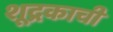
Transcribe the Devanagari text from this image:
शूद्रकाची